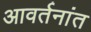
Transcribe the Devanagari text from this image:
आवर्तनांत